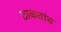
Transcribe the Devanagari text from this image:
टाकतांच